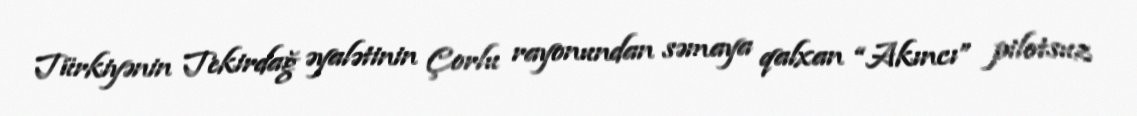
Türkiyənin Tekirdağ əyalətinin Çorlu rayonundan səmaya qalxan “Akıncı” pilotsuz